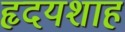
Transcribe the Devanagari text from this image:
हृदयशाह